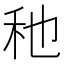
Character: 䄬